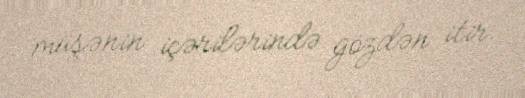
müşənin içərilərində gözdən itir.